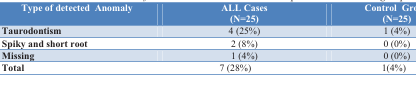
| Type of detected Anomaly | ALL Cases(N=25) | Control Group(N=25) |
 | --- | --- | --- |
 | Taurodontism | 4 (25%) | 1 (4%) |
 | Spiky and short root | 2 (8%) | 0 (0%) |
 | Missing | 1 (4%) | 0 (0%) |
 | Total | 7 (28%) | 1(4%) |